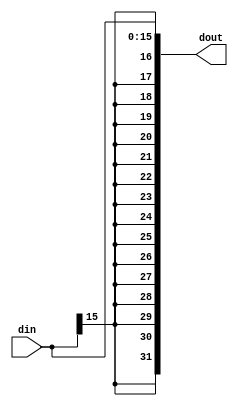
`timescale 1ns / 1ps
//////////////////////////////////////////////////////////////////////////////////
// Company: 
// Engineer: 
// 
// Design Name: 
// Module Name:    SignExtend 
// Project Name: 
// Target Devices: 
// Tool versions: 
// Description: 
//
// Dependencies: 
//
// Revision: 
// Revision 0.01 - File Created
// Additional Comments: 
//
//////////////////////////////////////////////////////////////////////////////////
module SignExtend(
    input [15:0]din,
    output [31:0]dout
    );
	 
assign dout[15:0]=din[15:0];
assign dout[31]=din[15];
assign dout[30]=din[15];
assign dout[29]=din[15];
assign dout[28]=din[15];
assign dout[27]=din[15];
assign dout[26]=din[15];
assign dout[25]=din[15];
assign dout[24]=din[15];
assign dout[23]=din[15];
assign dout[22]=din[15];
assign dout[21]=din[15];
assign dout[20]=din[15];
assign dout[19]=din[15];
assign dout[18]=din[15];
assign dout[17]=din[15];
assign dout[16]=din[15];

endmodule